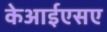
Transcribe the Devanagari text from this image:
केआईएसए